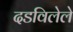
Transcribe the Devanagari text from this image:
दडविलेले